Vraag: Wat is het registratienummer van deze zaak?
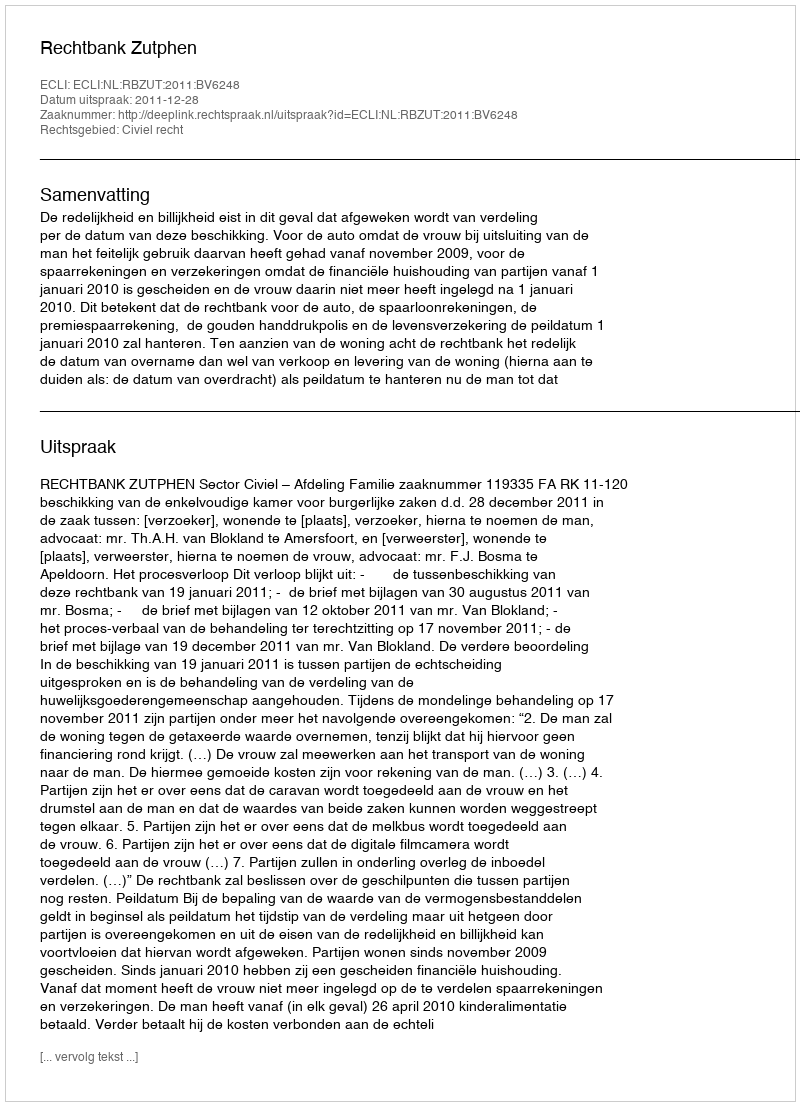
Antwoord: http://deeplink.rechtspraak.nl/uitspraak?id=ECLI:NL:RBZUT:2011:BV6248